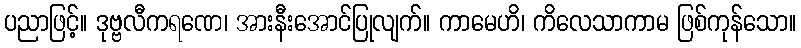
ပညာဖြင့်။ ဒုဗ္ဗလီကရဏေ၊ အားနီးအောင်ပြုလျက်။ ကာမေဟိ၊ ကိလေသာကာမ ဖြစ်ကုန်သော။